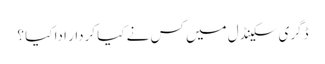
ڈگری سکینڈل میں کس نے کیا کردار ادا کیا ؟